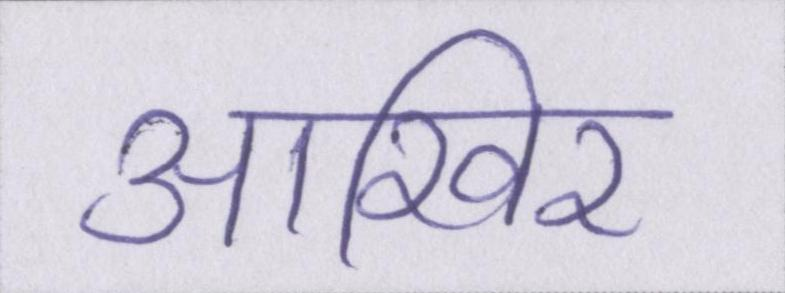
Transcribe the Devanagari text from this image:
आखिर